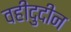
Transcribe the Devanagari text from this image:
वहीदुदीन